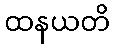
ထနယတိ